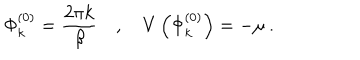
\Phi _ { k } ^ { ( 0 ) } = \frac { 2 \pi k } { \beta } \quad , \quad V \left( \Phi _ { k } ^ { ( 0 ) } \right) = - \mu \: .